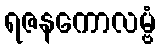
ရဇနကောလမ္ဗံ